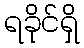
ရခိုင်ရှိ